Document type: Sale
Year: 1423
Scribe: Joan Franc
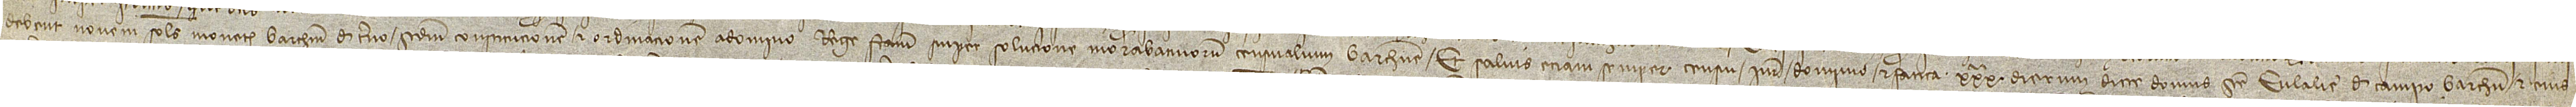
debent novem solidos monete Barchinone de terno secundum constitucionem et ordinacionem a domino rege factam super solucione morabatinorum censualium Barchinone; et salvis etiam semper censu, iure, dominio et fatica XXXª dierum dicte domus Sancte Eulalie de Campo Barchinone et eius